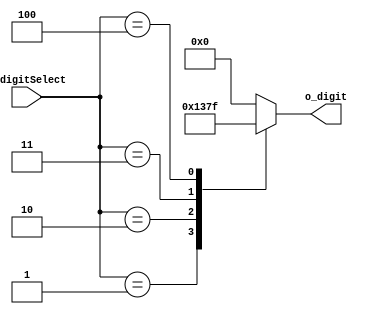
`timescale 1ns / 1ps



module decoder_2x4(
    input [2:0] i_digitSelect,
    output [3:0] o_digit
    );
    reg [3:0] r_digit;  
    assign o_digit = r_digit;

    always @(i_digitSelect) begin  // ?????? ?????????   ??????
    
        case (i_digitSelect)
            3'h0 : r_digit = 4'b0000;
            3'h1 : r_digit = 4'b0001;
            3'h2 : r_digit = 4'b0011;
            3'h3 : r_digit = 4'b0111;
            3'h4 : r_digit = 4'b1111;
            default : r_digit = 4'b0000;
            
        endcase    // case?? ??????????? endcase ??????
    end
    
endmodule